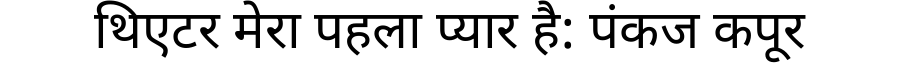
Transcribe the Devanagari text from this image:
थिएटर मेरा पहला प्यार है: पंकज कपूर